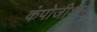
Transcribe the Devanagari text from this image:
कंपोजीशन